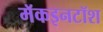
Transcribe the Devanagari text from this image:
मॅकइनटॉश